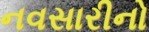
નવસારીનો